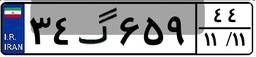
۳۴گ۶۵۹۴۴